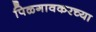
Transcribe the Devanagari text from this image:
पिळगावकरच्या